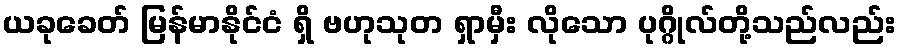
ယခုခေတ် မြန်မာနိုင်ငံ ရှိ ဗဟုသုတ ရှာမှီး လိုသော ပုဂ္ဂိုလ်တို့သည်လည်း